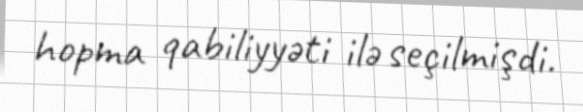
hopma qabiliyyəti ilə seçilmişdi.